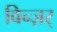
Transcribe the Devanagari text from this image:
विन्ज़र्